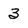
Character: 3